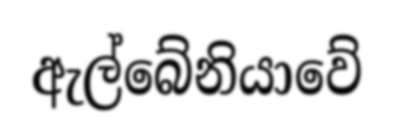
ඇල්බේනියාවේ